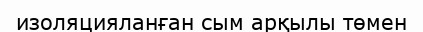
изоляцияланған сым арқылы төмен